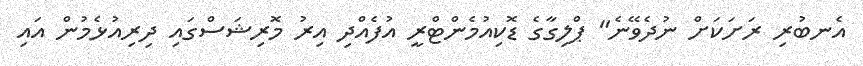
އެނބުރި ރަށަކަށް ނުދެވޭނެ" ޕްލިގާގެ ޑޮކިއުމެންޓްރީ އުފެއްދި އިރު މޮރިޝަސްގައި ދިރިއުޅެމުން އައި